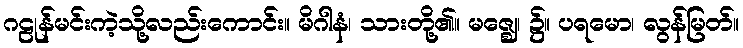
ဂဠုန်မင်းကဲ့သို့လည်းကောင်း။ မိဂါနံ၊ သားတို့၏။ မဇ္ဈေ၊ ၌။ ပရမော၊ လွန်မြတ်။